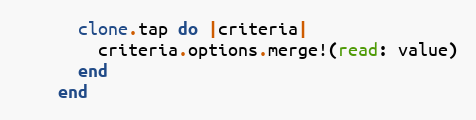
Language: Ruby
      clone.tap do |criteria|
        criteria.options.merge!(read: value)
      end
    end